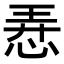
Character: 𢚸